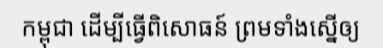
កម្ពុជា ដើម្បីធ្វើពិសោធន៍ ព្រមទាំងស្នើឲ្យ